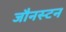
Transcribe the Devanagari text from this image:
जौनस्टन